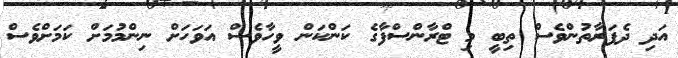
އަދި ދެފަރާތުންވެސް ތިބީ މި ޓްރާންސްފާގެ ކަންކަން ވީހާވެސް އަވަހަށް ނިންމުމަށް ކަމަށްވެސް